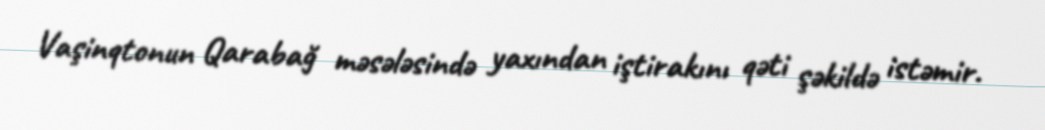
Vaşinqtonun Qarabağ məsələsində yaxından iştirakını qəti şəkildə istəmir.